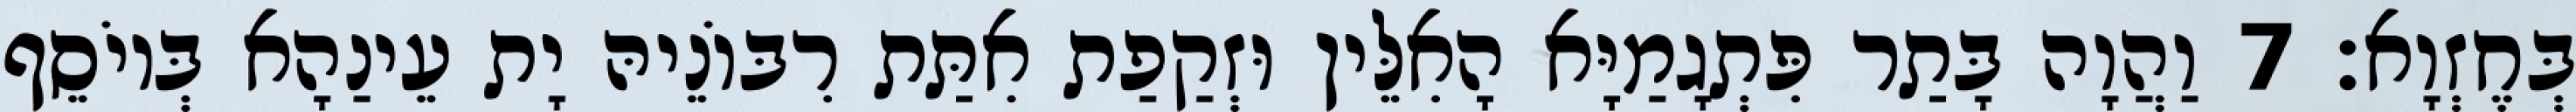
בְּחֶזְוָא׃ 7 וַהֲוָה בָּתַר פִּתְגָמַיָּא הָאִלֵּין וּזְקַפַת אִתַּת רִבּוֹנֵיהּ יָת עֵינַהָא בְּיוֹסֵף